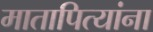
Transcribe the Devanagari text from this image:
मातापित्यांना